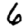
Digit: 6